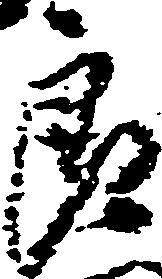
郎